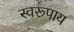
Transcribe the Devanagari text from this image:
स्वरूपाय